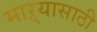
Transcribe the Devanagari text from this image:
माऱ्यासाठी